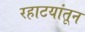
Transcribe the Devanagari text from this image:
रहाटयांतून